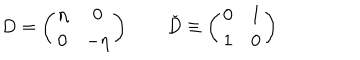
D = \left( \begin{matrix} { { \eta } } & { { 0 } } \\ { { 0 } } & { { - \eta } } \\ \end{matrix} \right) \qquad \check { D } \equiv \left( \begin{matrix} { { 0 } } & { { 1 } } \\ { { 1 } } & { { 0 } } \\ \end{matrix} \right)